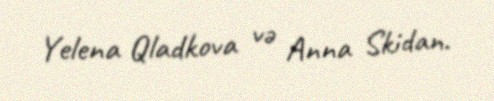
Yelena Qladkova və Anna Skidan.